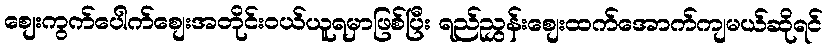
စျေးကွက်ပေါက်စျေးအတိုင်းဝယ်ယူရမှာဖြစ်ပြီး ရည်ညွှန်းစျေးထက်အောက်ကျမယ်ဆိုရင်